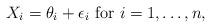
LaTeX: \begin{align*} X_i = \theta_i + \epsilon_i \mbox{ for } i =1,\dots,n, \end{align*}